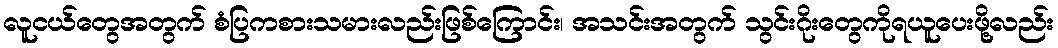
လူငယ်တွေအတွက် စံပြကစားသမားလည်းဖြစ်ကြောင်း၊ အသင်းအတွက် သွင်းဂိုးတွေကိုရယူပေးဖို့လည်း